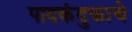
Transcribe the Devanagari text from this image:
पादकंदुकाचे